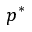
p ^ { * }